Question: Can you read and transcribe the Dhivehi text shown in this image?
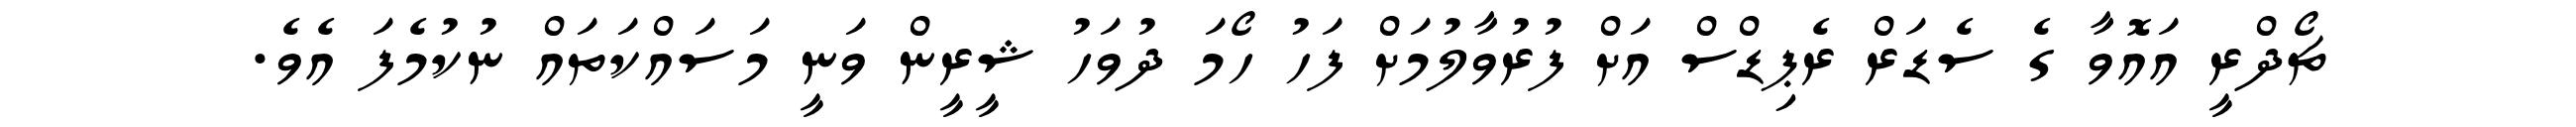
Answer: ޗޯދްރީ އައޮވާ ގެ ސެޑަރް ރެޕިޑްސް އަށް ފުރުވާލުމަށް ފަހު ހޯމަ ދުވަހު ޝީރީން ވަނީ މަސައްކަތައް ނުކުމެފަ އެވެ.